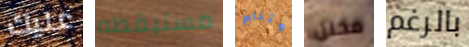
عليك مستيقظه وتنام مخلل بالرغم